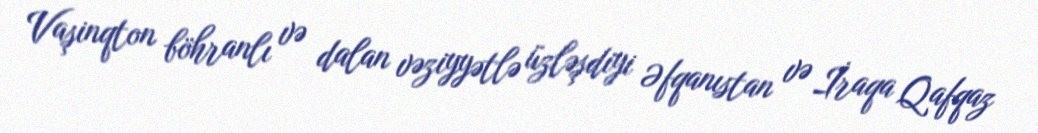
Vaşinqton böhranlı və dalan vəziyyətlə üzləşdiyi Əfqanıstan və İraqa Qafqaz